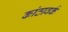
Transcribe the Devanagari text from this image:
कांठावर्क